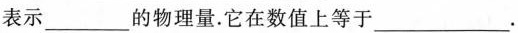
表示___的物理量.它在数值上等于___.